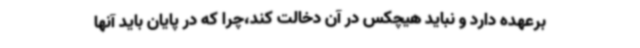
برعهده دارد و نباید هیچکس در آن دخالت کند،چرا که در پایان باید آنها